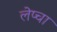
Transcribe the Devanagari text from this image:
लेप्‍चा